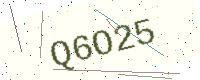
Text: Q6O25